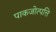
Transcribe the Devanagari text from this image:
पाकजोत्पत्ति